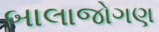
બાલાજોગણ